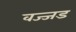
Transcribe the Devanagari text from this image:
वज्जड